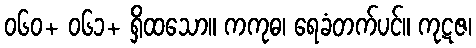
၀၆၀+ ၀၆၁+ ရှိထသော။ ကကုဓ၊ ရေခံတက်ပင်။ ကုဋဇ၊